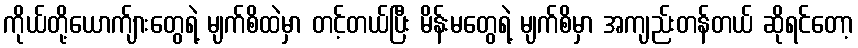
ကိုယ်တို့ယောက်ျားတွေရဲ့ မျက်စိထဲမှာ တင့်တယ်ပြီး မိန်းမတွေရဲ့ မျက်စိမှာ အကျည်းတန်တယ် ဆိုရင်တော့